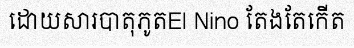
ដោយសារបាតុភូតEl Nino តែងតែកើត